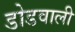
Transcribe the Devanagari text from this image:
डोडवाली